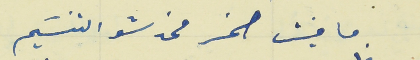
ما فيش صخر مخدشو التنسَيم